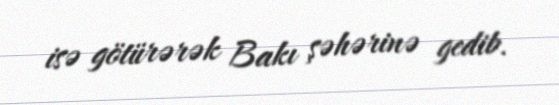
isə götürərək Bakı şəhərinə gedib.